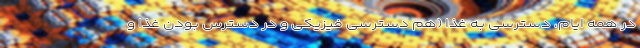
در همه ایام، دسترسی به غذا (هم دسترسی فیزیکی و در دسترس بودن غذا و